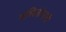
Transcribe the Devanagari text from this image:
वंचितांसाठी